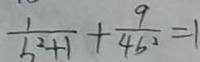
\frac { 1 } { b ^ { 2 } + 1 } + \frac { 9 } { 4 b ^ { 2 } } = 1